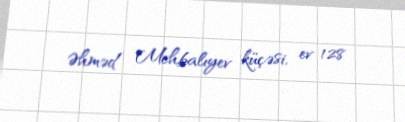
Əhməd Mehbalıyev küçəsi, ev 128